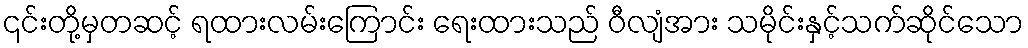
၎င်းတို့မှတဆင့် ရထားလမ်းကြောင်း ရေးထားသည် ဝီလျံအား သမိုင်းနှင့်သက်ဆိုင်သော